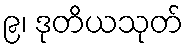
၉၊ ဒုတိယသုတ်